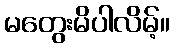
မတွေးမိပါလိမ့်။